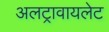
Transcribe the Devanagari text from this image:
अलट्रावायलेट